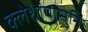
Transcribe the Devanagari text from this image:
क्लेशांपासुनि